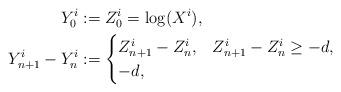
LaTeX: \begin{align*} Y^i_0& := Z^i_0 = \log(X^i), \\ Y^i_{n+1}-Y^i_n & :=\begin{cases} Z^i_{n+1} -Z^i_n,& Z^i_{n+1} -Z^i_n \geq -d,\\ -d,& \end{cases}\end{align*}